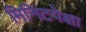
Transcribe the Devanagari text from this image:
मिनिटपेक्षा